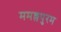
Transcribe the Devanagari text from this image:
ममल्लपुरम